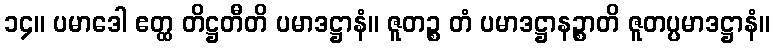
၁၄။ ပမာဒေါ ဧတ္ထ တိဋ္ဌတီတိ ပမာဒဋ္ဌာနံ။ ဇူတဉ္စ တံ ပမာဒဋ္ဌာနဉ္စာတိ ဇူတပ္ပမာဒဋ္ဌာနံ။